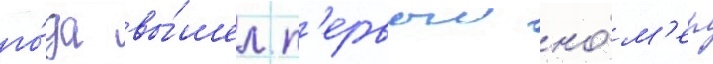
го́да вы́шел п'ервыи но́м'ер